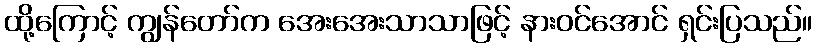
ထို့ကြောင့် ကျွန်တော်က အေးအေးသာသာဖြင့် နားဝင်အောင် ရှင်းပြသည်။